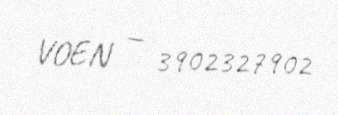
VOEN — 3902327902